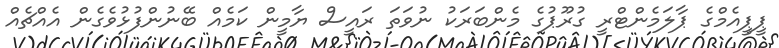
ޕީޕީއެމްގެ ޕާލަމެންޓްރީ ގުރޫޕުގެ މެންބަރަކު ނުވަތަ ރައީސް ޔާމީން ކަމެއް ބޭނުންފުޅުވެގެން އެއްޗެއް